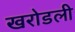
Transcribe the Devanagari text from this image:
खरोडली